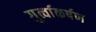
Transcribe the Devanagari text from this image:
गुर्त्वाकर्षण